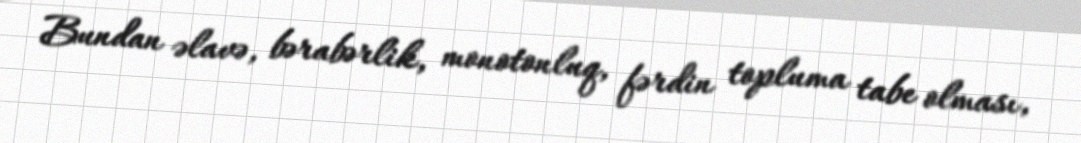
Bundan əlavə, bərabərlik, monotonluq, fərdin topluma tabe olması,